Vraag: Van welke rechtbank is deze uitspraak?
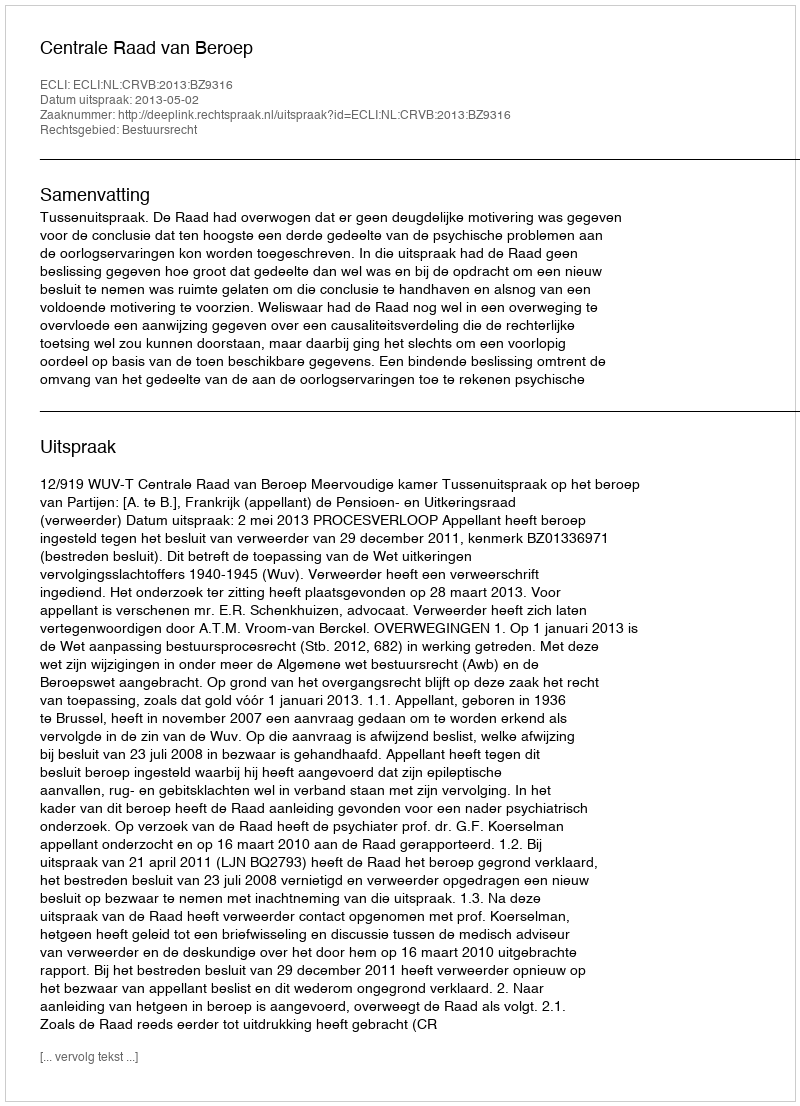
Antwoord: Centrale Raad van Beroep